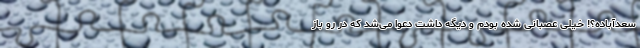
سعدآباده؟! خیلی عصبانی شده بودم و دیگه داشت دعوا می‌شد که در رو باز